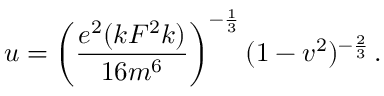
u = \left( \frac { e ^ { 2 } ( k F ^ { 2 } k ) } { 1 6 m ^ { 6 } } \right) ^ { - \frac { 1 } { 3 } } ( 1 - v ^ { 2 } ) ^ { - \frac { 2 } { 3 } } \, .